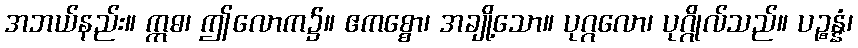
အဘယ်နည်း။ ဣဓ၊ ဤလောက၌။ ဧကစ္စော၊ အချို့သော။ ပုဂ္ဂလော၊ ပုဂ္ဂိုလ်သည်။ ပဉ္စန္နံ၊